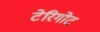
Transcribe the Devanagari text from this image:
टेरिगोट